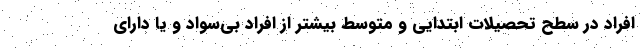
افراد در سطح تحصیلات ابتدایی و متوسط بیشتر از افراد بی‌سواد و یا دارای